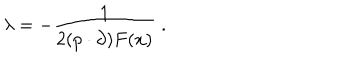
LaTeX: \lambda = - \frac { 1 } { 2 ( p \cdot \partial ) F ( x ) } \; .